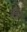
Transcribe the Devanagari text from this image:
स्लाइ